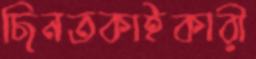
ছিনতকাইকারী